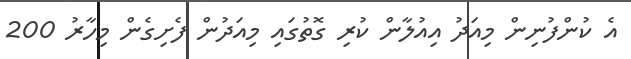
އެ ކުންފުނިން މިއަދު އިއުލާން ކުރި ގޮތުގައި މިއަދުން ފެށިގެން މިހާރު 200